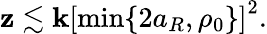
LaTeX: \mathbf{z}\lesssim\mathbf{k}\left[\operatorname*{min}\{ 2a_{R},\rho_{0}\} \right]^{2}.